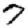
Digit: 7